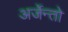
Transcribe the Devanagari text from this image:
अर्जेन्तो